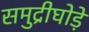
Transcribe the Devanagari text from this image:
समुद्रीघोड़े